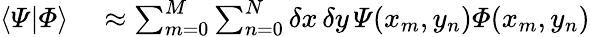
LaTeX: \begin{array}{rl}{\langle\varPsi|\varPhi\rangle}&{{}\approx\sum_{m=0}^{M}\sum_{n=0}^{N}\delta x\, \delta y\, \varPsi(x_{m},y_{n})\varPhi(x_{m},y_{n})}\end{array}